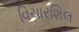
વિચારશિલ